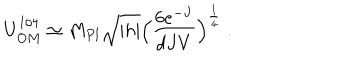
U _ { O M } ^ { 1 / 4 } \simeq M _ { P l } \sqrt { | h | } \Big ( \frac { 6 e ^ { - J } } { d J V } \Big ) ^ { \frac { 1 } { 4 } } \; .